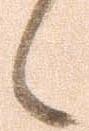
候